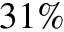
3 1 \%